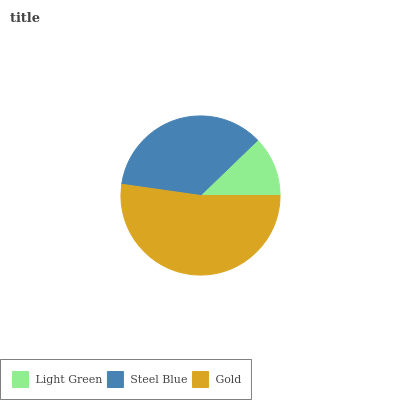
| Light Green | Steel Blue | Gold |
 | --- | --- | --- |
 | 12.2% | 35.5% | 52.2% |